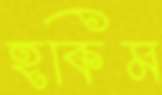
হকিম